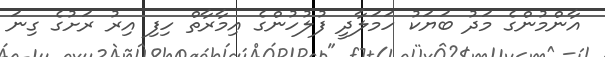
އާންމުންގެ މަދު ބަޔަކު ހަމަލާދީ ފުލުހުންގެ އިމާރާތް ހިފި އިރު ރަށުގެ ގިނަ